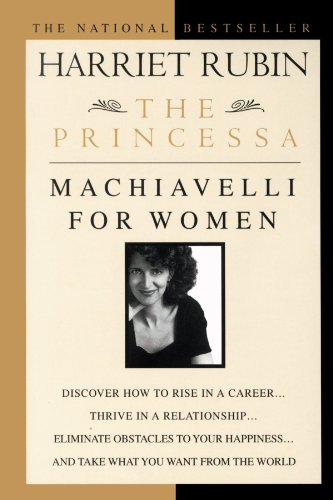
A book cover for The Princessa: Machiavelli for Women; Harriet Rubin; Literature & Fiction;